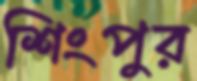
শিংপুর